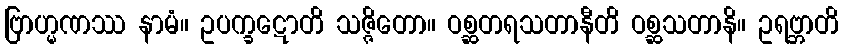
ဗြာဟ္မဏဿ နာမံ။ ဥပက္ခဋောတိ သဇ္ဇိတော။ ဝစ္ဆတရသတာနီတိ ဝစ္ဆသတာနိ။ ဥရဗ္ဘာတိ